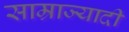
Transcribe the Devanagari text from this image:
साम्राज्यादी